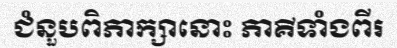
ជំនួបពិភាក្សានោះ ភាគីទាំងពីរ